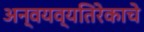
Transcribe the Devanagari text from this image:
अन्वयव्यतिरेकाचे